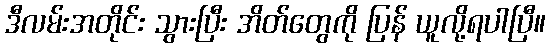
ဒီလမ်းအတိုင်း သွားပြီး အိတ်တွေကို ပြန် ယူလို့ရပါပြီ။